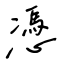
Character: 憑